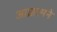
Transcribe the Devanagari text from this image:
आघ्रात्मने